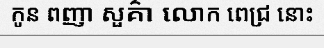
កូន ពញា សួគ៌ា លោក ពេជ្រ នោះ